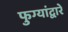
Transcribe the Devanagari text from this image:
फुग्यांद्वारे